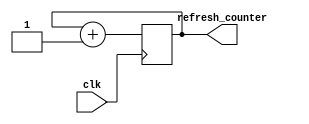
`timescale 1ns / 1ps
//////////////////////////////////////////////////////////////////////////////////
// Company: 
// Engineer: 
// 
// Design Name: 
// Module Name: count_refresh
// Project Name: 
// Target Devices: 
// Tool Versions: 
// Description: 
// 
// Dependencies: 
// 
// Revision:
// Revision 0.01 - File Created
// Additional Comments:
// 
//////////////////////////////////////////////////////////////////////////////////

module count_refresh(input clk, output reg [1:0] refresh_counter=0);
always @(posedge clk)
refresh_counter<=refresh_counter+1;
endmodule